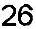
26